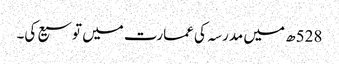
528ھ میں مدرسہ کی عمارت میں توسیع کی۔